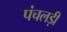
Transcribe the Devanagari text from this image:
पंचलड़ी